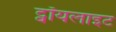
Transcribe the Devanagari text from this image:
ट्वॉयलाइट